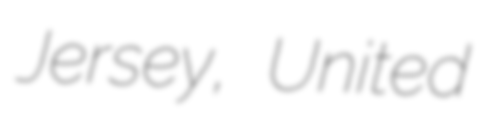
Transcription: Jersey, United